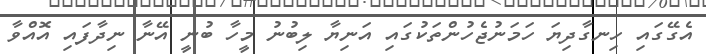
އެގޭގައި ހިނގާދިޔަ ހަމަނުޖެހުންތަކުގައި އަނިޔާ ލިބުނު މީހާ ބުނީ އޭނާ ނިދާފައި އޮއްވާ